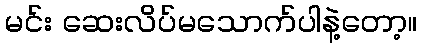
မင်း ဆေးလိပ်မသောက်ပါနဲ့တော့။